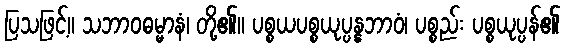
ပြသဖြင့်။ သဘာဝဓမ္မာနံ၊ တို့၏။ ပစ္စယပစ္စယုပ္ပန္နဘာဝံ၊ ပစ္စည်း ပစ္စယုပ္ပန်၏